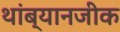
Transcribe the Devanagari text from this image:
थांब्यानजीक